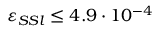
\varepsilon _ { S S l } \leq 4 . 9 \cdot 1 0 ^ { - 4 }